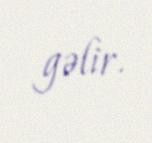
gəlir.